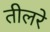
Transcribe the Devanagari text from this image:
तीलरे